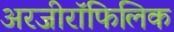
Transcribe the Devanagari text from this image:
अरजीरॉफिलिक